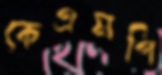
কেএমপি